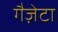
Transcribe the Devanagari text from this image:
गैज़ेटा